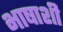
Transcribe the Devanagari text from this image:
भाषाशी